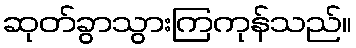
ဆုတ်ခွာသွားကြကုန်သည်။